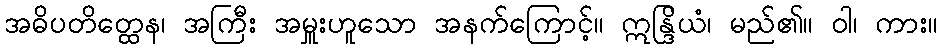
အဓိပတိတ္ထေန၊ အကြီး အမှူးဟူသော အနက်ကြောင့်။ ဣန္ဒြိယံ၊ မည်၏။ ဝါ၊ ကား။